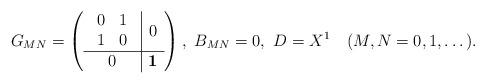
LaTeX: \begin{align*}G_{MN}=\left( \begin{array}{c|c}\begin{array}{cc}0 & 1 \\ 1 & 0\end{array} & 0\\\hline0 & \mbox{{\bf 1}}\end{array}\right),\ B_{MN}=0,\ D = X^1\quad (M,N=0,1,\dots).\end{align*}